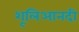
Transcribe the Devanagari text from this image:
शूलिआनदी